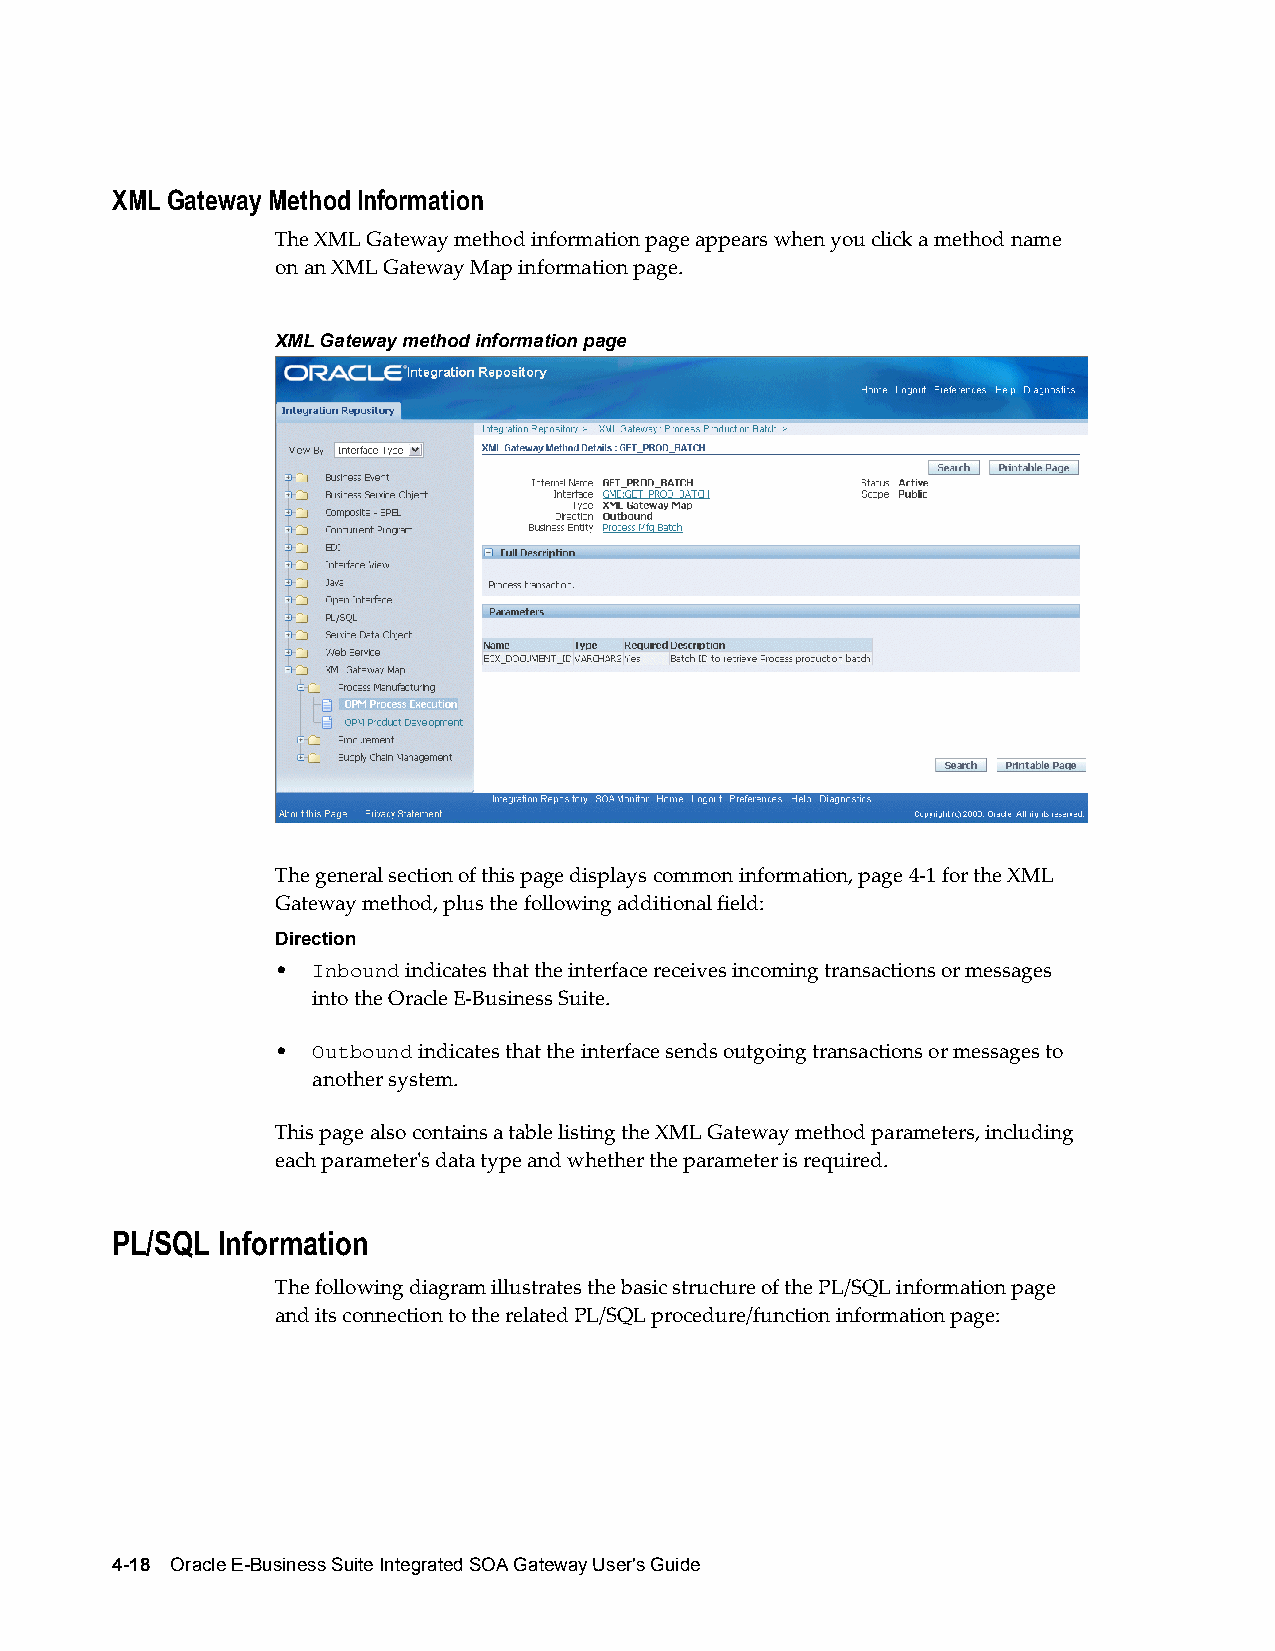
XML Gateway Method Information
 The XML Gateway method information page appears when you click a method name
 on an XML Gateway Map information page.
 XML Gateway method information page
 The general section of this page displays common information, page 4-1 for the XML
 Gateway method, plus the following additional field:
 Direction
 •  Inbound indicates that the interface receives incoming transactions or messages
 into the Oracle E-Business Suite.
 •  Outbound indicates that the interface sends outgoing transactions or messages to
 another system.
 This page also contains a table listing the XML Gateway method parameters, including
 each parameter's data type and whether the parameter is required.
 PL/SQL Information
 The following diagram illustrates the basic structure of the PL/SQL information page
 and its connection to the related PL/SQL procedure/function information page:
 4-18 Oracle E-Business Suite Integrated SOA Gateway User's Guide